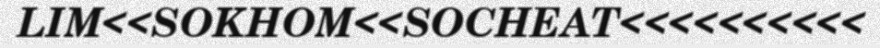
LIM<<SOKHOM<<SOCHEAT<<<<<<<<<<